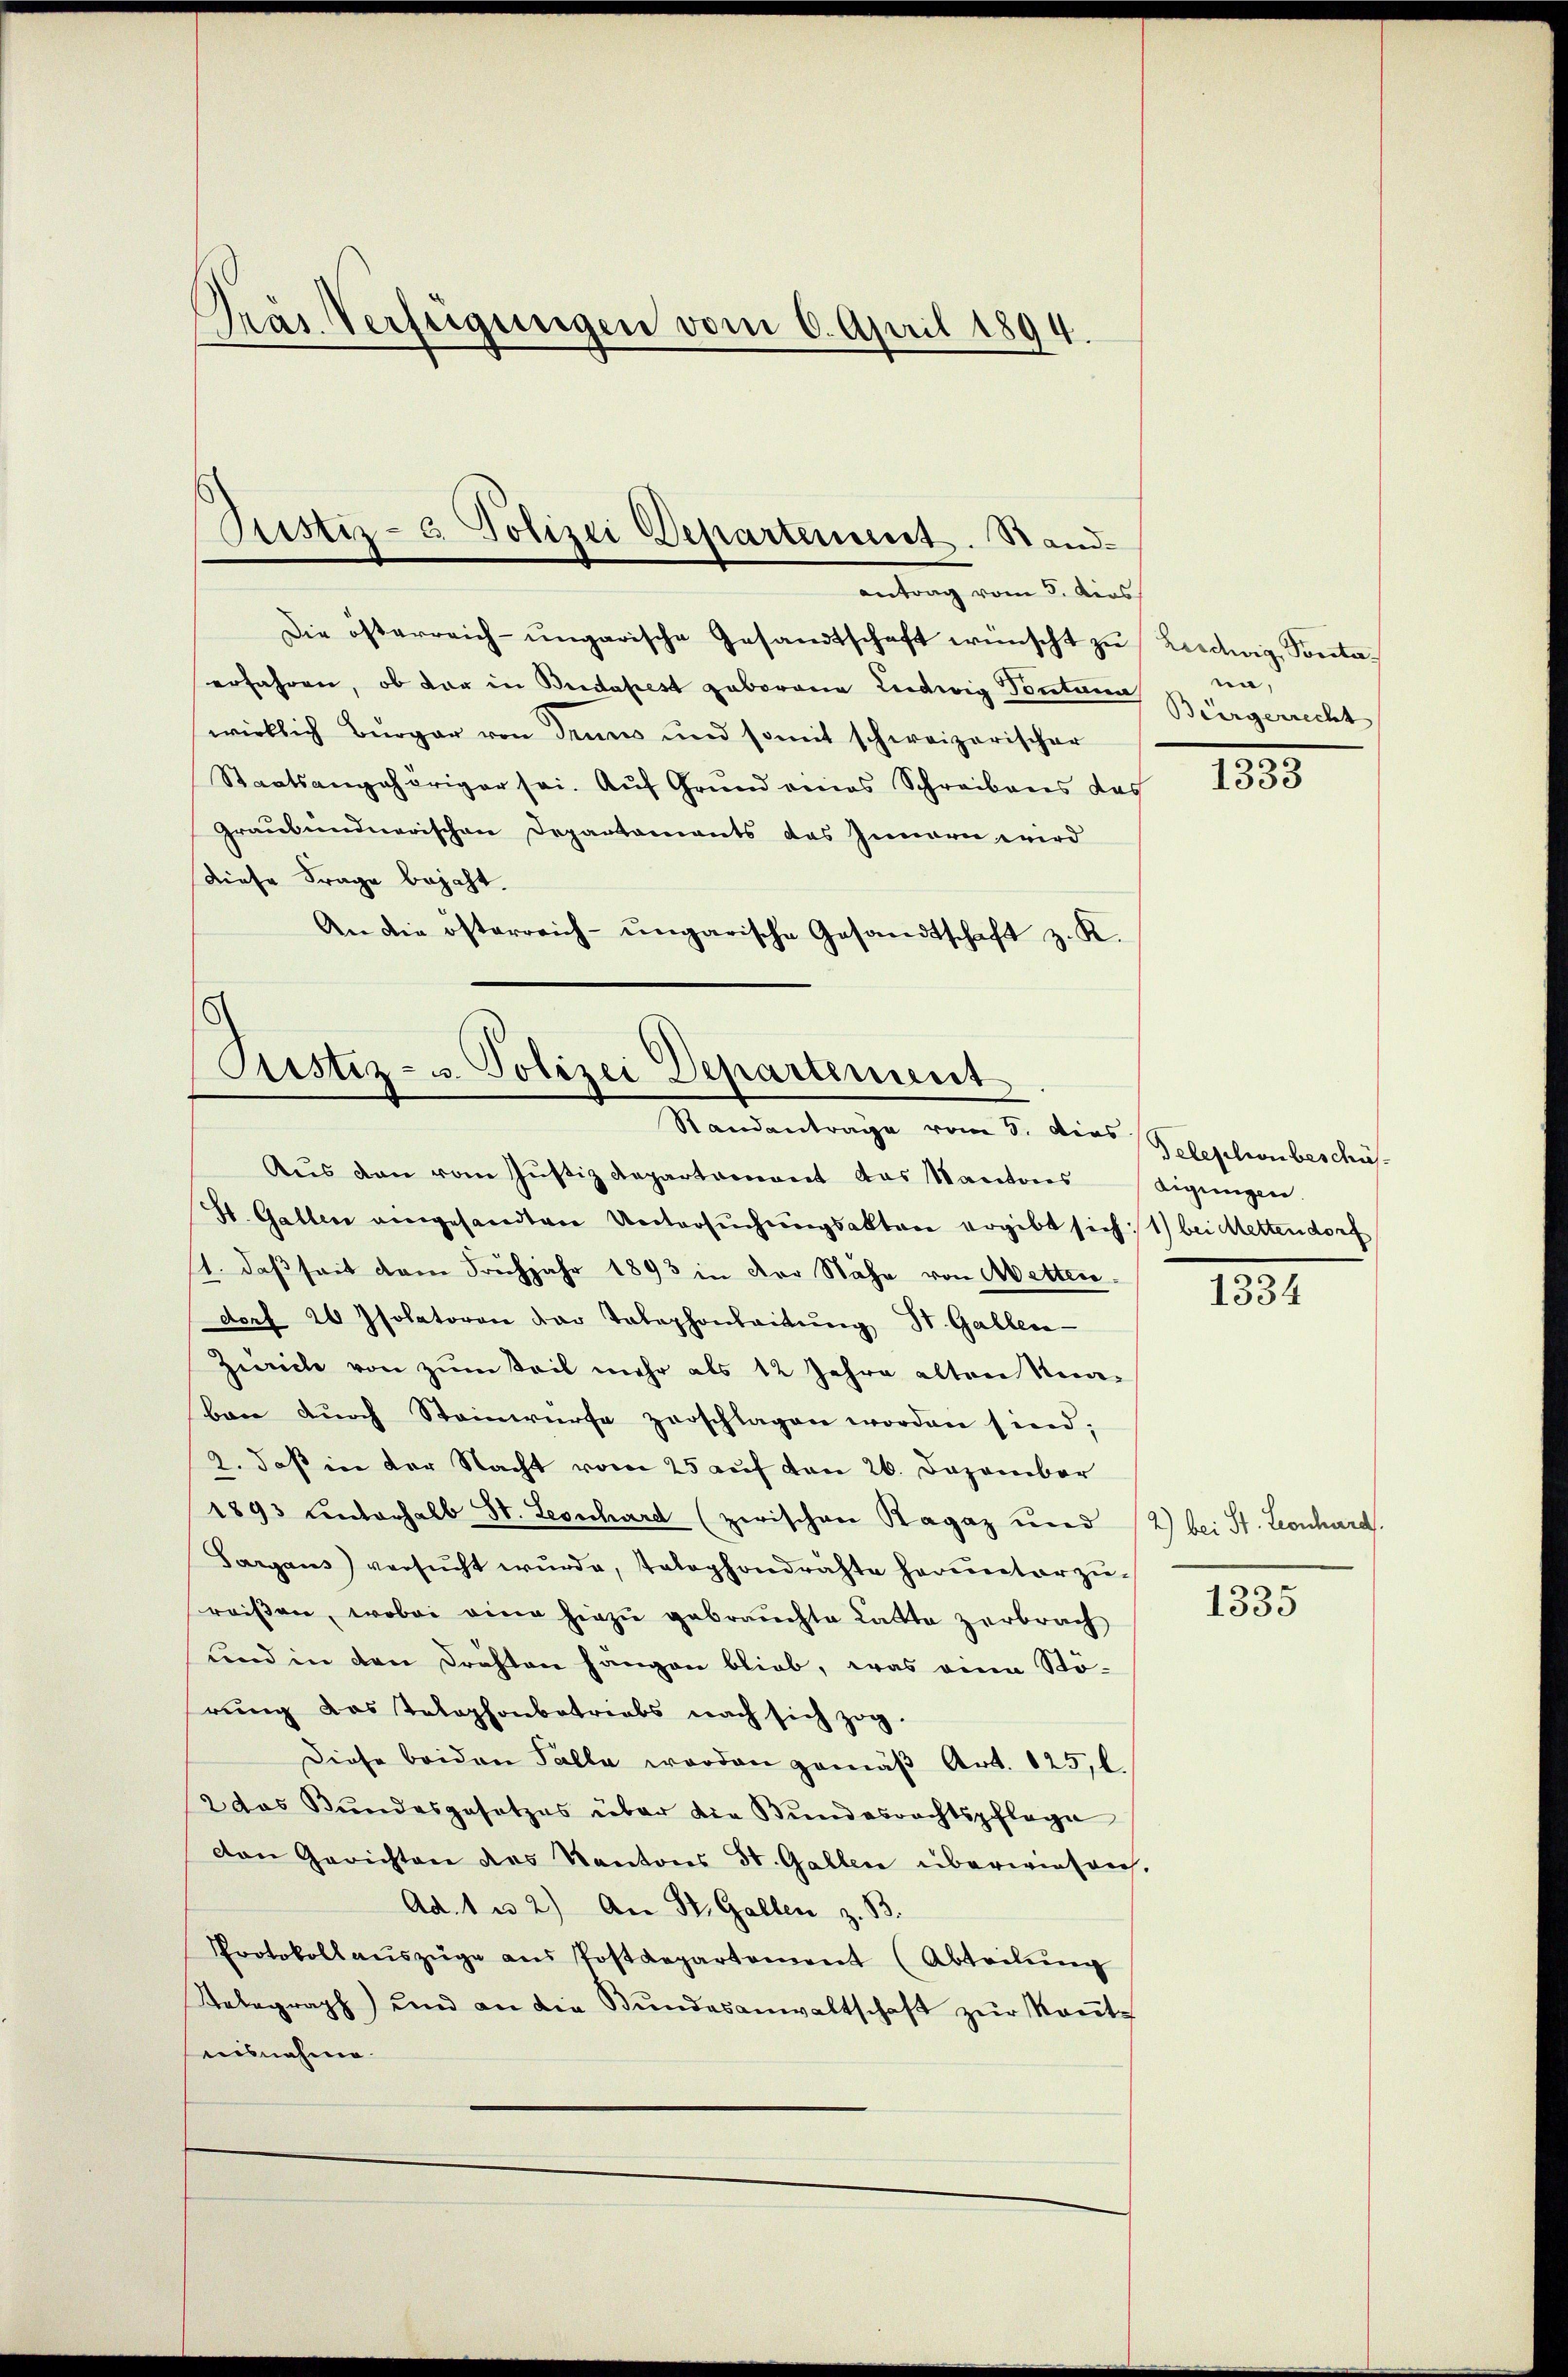
Die österreich-ungarische Gesandtschaft wünscht zu Liedwig, Sontaerfahren, ob vor in Bridapest geborene Ludwig Tontana
wirklich Bürger von denes und somit schweizerischer
Staatsangehöriger sei. Auf Grund eines Schreibens das
Graubündnerischen Departaments das Innern wird
diese Frage bejaht.
An die österreich-ungarische Gesandtschaft z. K.

Gras Verfügungen vom 6. April 1894.

Justiz- & Polizei Departement. Stand-
antrag vom 5. dies

Justiz- u. Polizei Departement
Randantrage vom 5. dies Telephonbeschüs

Aus den vom Justiz Repartement das Kantons
St. Gallen angesandten Untersŭchŭngsakten ergibt sich: 1) bei Mettendorf
1. daß seit dem Frühjahr 1893 in der Nähe von Metten.
dorf 20 Isolatoren der Telephonleitŭng St. Gallen
Zürich von zum Teil mehr als 12 Jahre alten Knaben dŭrch Steinwürfe zerschlagen worden sind;
2. daß in der Nacht vom 25 auf von 26. Dezember
1893 unterhalb St. Leonhard (zwischen Ragaz und (2) bei St. Leonhard.
Sargaus versŭcht wŭrde, tatophondrähte herunterzŭ-
reißen, wobei eine hiezu gebrauchte Latte zerbrach
und in den Drahten hängen blieb, was eine Stö-
rung das Telephonbetriebs nach sich zog.
Diese beiden Falle worden gemäβ Art. 125, l.
2 das Bundesgesetzes über die Bundesrechtspflege
den Gerichten des Kantons St. Gallen überwiesen,
Ad. 1 u 2) An St. Gallen z. B.
Protokollaŭszüge ans Postdepartement (Abteilŭng
Telegraph) und an die Bŭndesanwaltschaft zŭr Konte
aisnahme.

na,
Bürgerrecht
.

1333

digungen.

1334

1335